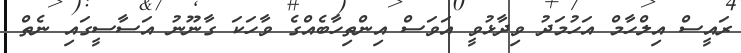
ރައީސް އިލްހާމް އަހުމަދު ވިދާޅުވީ އަވަސް އިންތިހާބެއްގެ ވާހަކަ ގާނޫނު އަސާސީގައި ނެތް